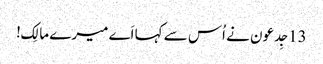
13جِدعو ن نے اُس سے کہا اَے میرے مالِک!